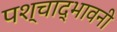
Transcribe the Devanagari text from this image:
पश्चाद्भावनी